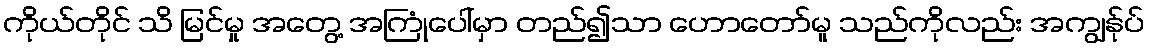
ကိုယ်တိုင် သိ မြင်မှု အတွေ့ အကြုံပေါ်မှာ တည်၍သာ ဟောတော်မူ သည်ကိုလည်း အကျွန်ုပ်